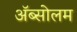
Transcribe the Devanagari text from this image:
अॅब्सोलम